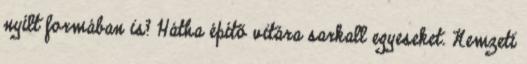
nyílt formában is? Hátha építő vitára sarkall egyeseket. Nemzeti